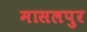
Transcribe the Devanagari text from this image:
मासलपुर